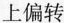
上偏转